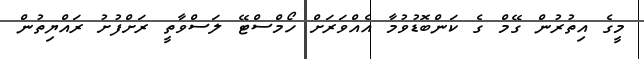
މީގެ އިތުރުން ގޭމް ގެ ކަންބޮޑުވުމާ އެއްވަރަށް ހޯމްސްޓޭ ލަސްވާތީ ރަށްފުށު ރައްޔިތުން